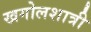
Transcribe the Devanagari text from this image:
खगोलशात्री